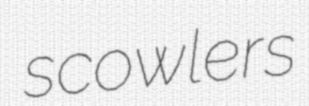
scowlers